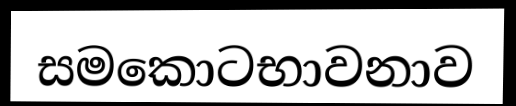
සමකොටභාවනාව